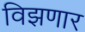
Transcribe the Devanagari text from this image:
विझणार